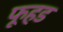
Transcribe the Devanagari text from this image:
फूहड